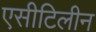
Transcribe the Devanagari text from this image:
एसीटिलीन